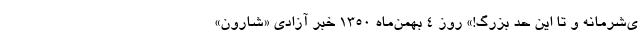
ی‌شرمانه و تا این حد بزرگ!» روز ۴ بهمن‌ماه ۱۳۵۰ خبر آزادی «شارون»